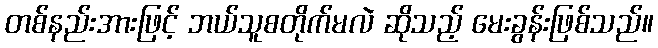
တစ်နည်းအားဖြင့် ဘယ်သူစတိုက်မလဲ ဆိုသည့် မေးခွန်းဖြစ်သည်။